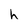
Character: h